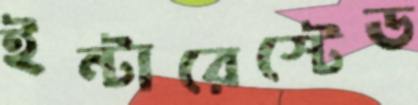
ইন্টারেস্টেড